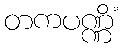
တကပဏ္ဏိံ